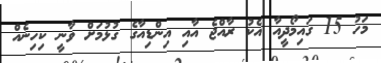
މަހު 15 ގައިމޯދީއާ އެކު ރާއްޖެ އާއި އިންޑިއާގެ ގުޅުމަށް ވާނީ ކިހިނެއް